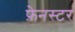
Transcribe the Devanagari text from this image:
फ़ेनस्टर